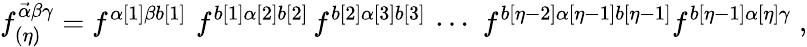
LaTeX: f_{(\eta)}^{\vec{\alpha}\beta\gamma}=f^{\alpha[1]\beta b[1]}\, \, f^{b[1]\alpha[2]b[2]}\, f^{b[2]\alpha[3]b[3]}\, \cdots\, \, f^{b[\eta-2]\alpha[\eta-1]b[\eta-1]}f^{b[\eta-1]\alpha[\eta]\gamma}\; ,